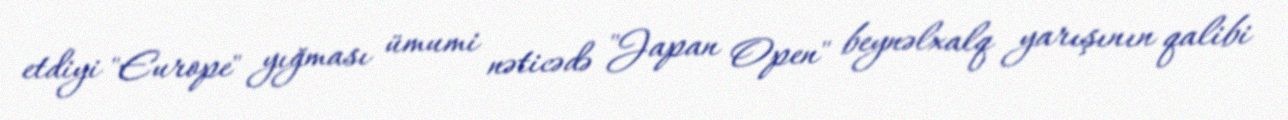
etdiyi "Europe" yığması ümumi nəticədə "Japan Open" beynəlxalq yarışının qalibi